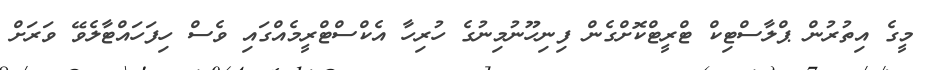
މީގެ އިތުރުން ޕްލާސްޓިކް ޓްރީޓްކޮށްގެން ފިނިހޫނުމިނުގެ ހުރިހާ އެކްސްޓްރީމެއްގައި ވެސް ހިފަހައްޓާލެވޭ ވަރަށް